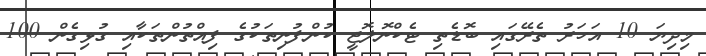
މިދިޔަ 10 އަހަރު ތެރޭގައި ބޮޑެތި ޓެކްނޮލޮޖީ ކުންފުނިތަކުގެ ފިއްތުންތަކާއި ގުޅިގެން 100